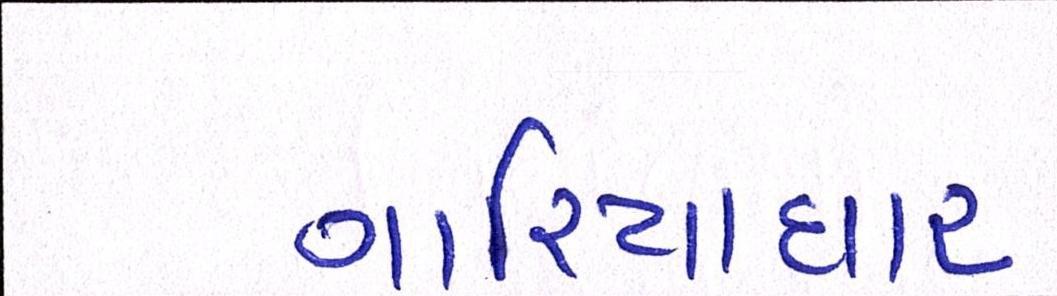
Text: ગારિયાધાર